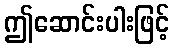
ဤဆောင်းပါးဖြင့်